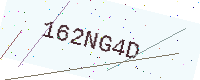
Text: 162NG4D